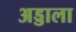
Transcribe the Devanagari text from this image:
अड्डाला